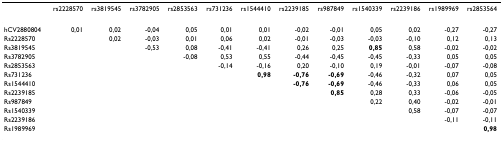
<table><thead><tr><td></td><td><b>rs2228570</b></td><td><b>rs3819545</b></td><td><b>rs3782905</b></td><td><b>rs2853563</b></td><td><b>rs731236</b></td><td><b>rs1544410</b></td><td><b>rs2239185</b></td><td><b>rs987849</b></td><td><b>rs1540339</b></td><td><b>rs2239186</b></td><td><b>rs1989969</b></td><td><b>rs2853564</b></td></tr></thead><tbody><tr><td>hCV2880804</td><td>0,01</td><td>0,02</td><td>-0,04</td><td>0,05</td><td>0,01</td><td>0,01</td><td>-0,02</td><td>-0,01</td><td>0,05</td><td>0,02</td><td>-0,27</td><td>-0,27</td></tr><tr><td>Rs2228570</td><td></td><td>0,02</td><td>-0,03</td><td>0,01</td><td>0,06</td><td>0,02</td><td>-0,01</td><td>-0,03</td><td>-0,03</td><td>-0,10</td><td>0,12</td><td>0,13</td></tr><tr><td>Rs3819545</td><td></td><td></td><td>-0,53</td><td>0,08</td><td>-0,41</td><td>-0,41</td><td>0,26</td><td>0,25</td><td><b>0,85</b></td><td>0,58</td><td>-0,02</td><td>-0,02</td></tr><tr><td>Rs3782905</td><td></td><td></td><td></td><td>-0,08</td><td>0,53</td><td>0,55</td><td>-0,44</td><td>-0,45</td><td>-0,45</td><td>-0,33</td><td>0,05</td><td>0,05</td></tr><tr><td>Rs2853563</td><td></td><td></td><td></td><td></td><td>-0,14</td><td>-0,16</td><td>0,20</td><td>-0,10</td><td>0,19</td><td>-0,01</td><td>-0,07</td><td>-0,08</td></tr><tr><td>Rs731236</td><td></td><td></td><td></td><td></td><td></td><td><b>0,98</b></td><td><b>-0,76</b></td><td><b>-0,69</b></td><td>-0,46</td><td>-0,32</td><td>0,07</td><td>0,05</td></tr><tr><td>Rs1544410</td><td></td><td></td><td></td><td></td><td></td><td></td><td><b>-0,76</b></td><td><b>-0,69</b></td><td>-0,46</td><td>-0,33</td><td>0,06</td><td>0,05</td></tr><tr><td>Rs2239185</td><td></td><td></td><td></td><td></td><td></td><td></td><td></td><td><b>0,85</b></td><td>0,28</td><td>0,33</td><td>-0,06</td><td>-0,05</td></tr><tr><td>Rs987849</td><td></td><td></td><td></td><td></td><td></td><td></td><td></td><td></td><td>0,22</td><td>0,40</td><td>-0,02</td><td>-0,01</td></tr><tr><td>Rs1540339</td><td></td><td></td><td></td><td></td><td></td><td></td><td></td><td></td><td></td><td>0,58</td><td>-0,07</td><td>-0,07</td></tr><tr><td>Rs2239186</td><td></td><td></td><td></td><td></td><td></td><td></td><td></td><td></td><td></td><td></td><td>-0,11</td><td>-0,11</td></tr><tr><td>Rs1989969</td><td></td><td></td><td></td><td></td><td></td><td></td><td></td><td></td><td></td><td></td><td></td><td><b>0,98</b></td></tr></tbody></table>